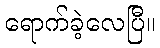
ရောက်ခဲ့လေပြီ။